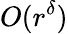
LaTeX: O(r^{\delta})